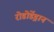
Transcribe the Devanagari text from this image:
रोडोडेंड्रान